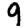
Digit: 9